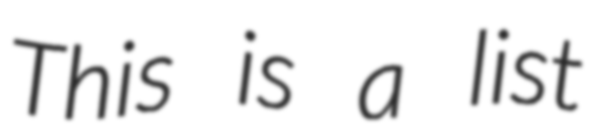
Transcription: This is a list